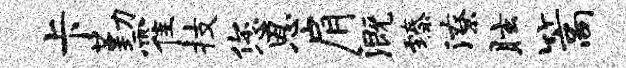
卡勤霍技您恩肩溉臻潦眩篙